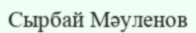
Сырбай Мәуленов